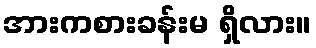
အားကစားခန်းမ ရှိလား။